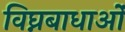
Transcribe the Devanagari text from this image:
विघ्नबाधाओं